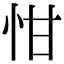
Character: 㤌